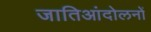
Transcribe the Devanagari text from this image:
जातिआंदोलनों